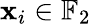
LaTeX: \mathbf{x}_{i}\in\mathbb{{F}}_{2}